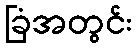
ခြံအတွင်း